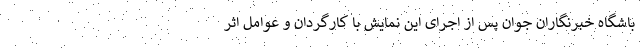
باشگاه خبرنگاران جوان پس از اجرای این نمایش با کارگردان و عوامل اثر